Punjab Mental Hospital Lahore 1932-46 - 1932-1946
Year: 1932
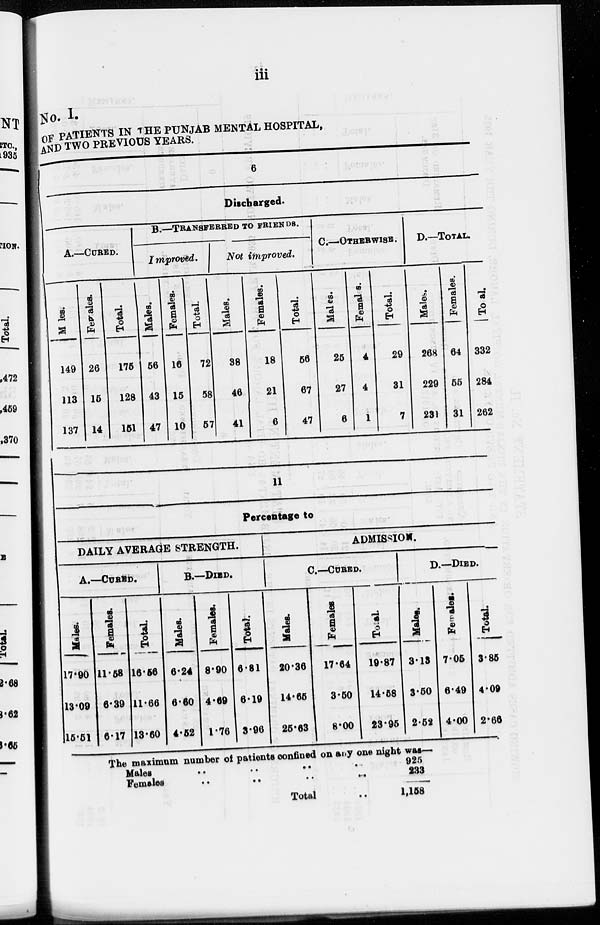
iii
No. I.
OF PATIENTS IN THE PUNJAB MENTAL HOSPITAL,
AND TWO PREVIOUS YEARS.
6
Discharged.
A.—CURED.
Males.
149
113
137
Females.
26
15
14
Total.
175
128
151
B.—TRANSFERRED TO FRIENDS.
Improved.
Males.
56
43
47
Females.
16
15
10
Total.
72
58
57
Not improved.
Males.
38
46
41
Females.
18
21
6
Total.
56
67
47
C—OTHERWISE.
Males.
25
27
6
Females.
4
4
1
Total.
29
31
7
D.—TOTAL.
Males.
268
229
231
Females.
64
55
31
Total.
332
284
262
11
Percentage to
DAILY AVERAGE STRENGTH.
A.—CURED.
Males.
17.90
13.09
15.51
Females.
11.58
6.39
6.17
Total.
16.56
11.66
13.60
B.—DIED.
Males.
6.24
6.60
4.52
Females.
8.90
4.69
1.76
Total.
6.81
6.19
3.96
ADMISSION.
C.—CURED.
Males.
20.36
14.65
25.63
Females.
17.64
3.50
8.00
Total.
19.87
14.58
23.95
D.—DIED.
Males.
3.13
3.50
2.52
Females.
7.05
6.49
4.00
Total.
3.85
4.09
2.66
The maximum number of patients confined on any one night was—
Males
..
..
..
..
..
Females
..
..
..
..
..
Total ..
925
233
1,158